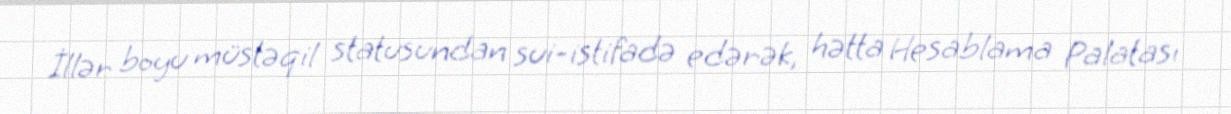
İllər boyu müstəqil statusundan sui-istifadə edərək, hətta Hesablama Palatası